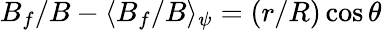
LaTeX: B_{f}/B-\langle B_{f}/B\rangle_{\psi}=(r/R)\cos\theta